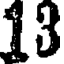
13